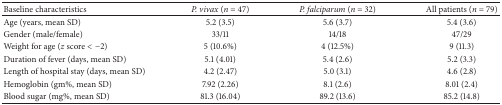
<table><thead><tr><td><b>Baseline characteristics</b></td><td><b><i>P. vivax</i> (<i>n</i> = 47) </b></td><td><b><i>P. falciparum</i> (<i>n</i> = 32)</b></td><td><b>All patients (<i>n</i> = 79)</b></td></tr></thead><tbody><tr><td>Age (years, mean SD) </td><td>5.2 (3.5)</td><td>5.6 (3.7)</td><td>5.4 (3.6)</td></tr><tr><td>Gender (male/female) </td><td>33/11</td><td>14/18</td><td>47/29</td></tr><tr><td>Weight for age (<i>z</i> score &lt; −2)</td><td>5 (10.6%)</td><td>4 (12.5%)</td><td>9 (11.3)</td></tr><tr><td>Duration of fever (days, mean SD) </td><td>5.1 (4.01)</td><td>5.4 (2.6)</td><td>5.2 (3.3)</td></tr><tr><td>Length of hospital stay (days, mean SD) </td><td>4.2 (2.47)</td><td>5.0 (3.1) </td><td>4.6 (2.8) </td></tr><tr><td>Hemoglobin (gm%, mean SD) </td><td>7.92 (2.26) </td><td>8.1 (2.6) </td><td>8.01 (2.4) </td></tr><tr><td>Blood sugar (mg%, mean SD)</td><td>81.3 (16.04) </td><td>89.2 (13.6) </td><td>85.2 (14.8)</td></tr></tbody></table>